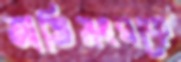
জাতিসংঘকে